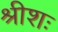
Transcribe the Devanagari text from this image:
श्रीशः